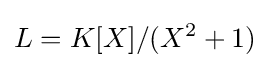
L=K[X]/(X^{2}+1)